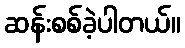
ဆန်းစစ်ခဲ့ပါတယ်။